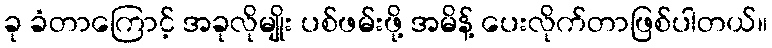
ခု ခံတာကြောင့် အခုလိုမျိုး ပစ်ဖမ်းဖို့ အမိန့် ပေးလိုက်တာဖြစ်ပါတယ်။